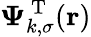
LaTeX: \boldsymbol{\Psi}_{k,\sigma}^{\mathrm{~T~}}(\boldsymbol{\textbf{r}})